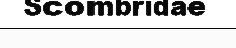
Scombridae